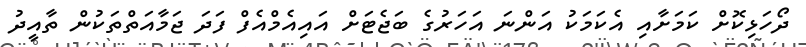
ދޯހަޅިކޮށް ކަމަށާއި އެކަމަކު އަންނަ އަހަރުގެ ބަޖެޓަށް އައިއެމްއެފް ފަދަ ޖަމާއަތްތަކުން ތާއީދު